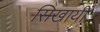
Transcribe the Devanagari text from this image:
सिखायीं